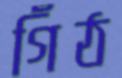
গিঁঠ